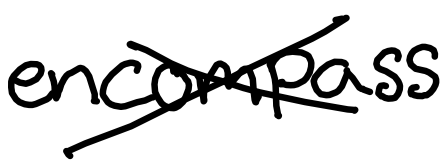
Text: encompass
Cross-out: cross
Writing tool: digital_black